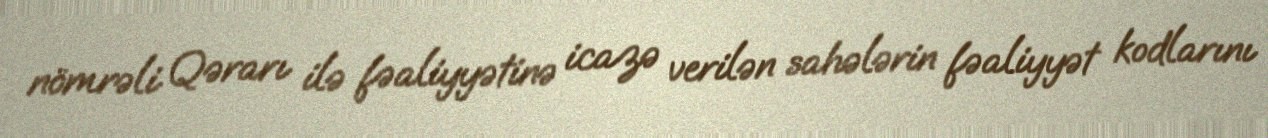
nömrəli Qərarı ilə fəaliyyətinə icazə verilən sahələrin fəaliyyət kodlarını